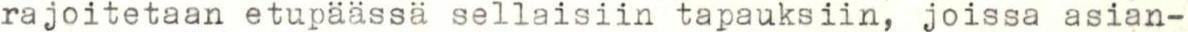
rajoitetaan etupäässä sellaisiin tapauksiin, joissa asian-